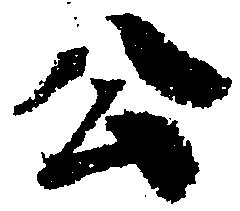
公